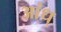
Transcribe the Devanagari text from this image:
आंध्